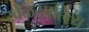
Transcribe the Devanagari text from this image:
खेळसाहित्य